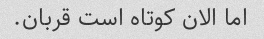
اما الان کوتاه است قربان.